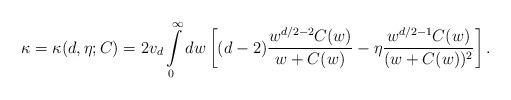
LaTeX: \begin{align*}\kappa=\kappa(d,\eta;C)=2v_d \int\limits_0^\infty dw \left[ (d-2) \frac{w^{d/2-2} C(w)}{w+C(w)} -\eta \frac{w^{d/2-1} C(w)}{(w+C(w))^2} \right]. \end{align*}